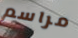
مراسم